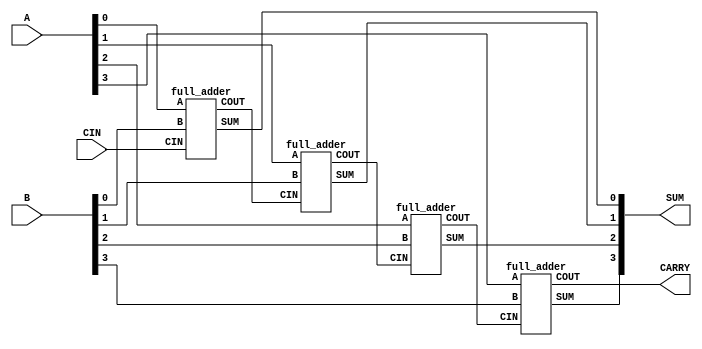
`timescale 1ns / 1ps

module rca_4( input [3:0] A, B, input CIN, output [3:0] SUM, output CARRY);
    wire [3:0] I_CARRY;
    
    full_adder A1 (A[0], B[0], CIN, SUM[0], I_CARRY[0]);
    full_adder A2 (A[1], B[1], I_CARRY[0], SUM[1], I_CARRY[1]);
    full_adder A3 (A[2], B[2], I_CARRY[1], SUM[2], I_CARRY[2]);
    full_adder A4 (A[3], B[3], I_CARRY[2], SUM[3], I_CARRY[3]);
    
    assign CARRY = I_CARRY[3];

endmodule


module full_adder(
    input A,
    input B,
    input CIN,
    output SUM,
    output COUT
    );
    wire SUM1, CARRY1, CARRY2;
    half_adder INST1(A, B, SUM1, CARRY1);
    half_adder INST2(CIN, SUM1, SUM, CARRY2);
    assign COUT = CARRY1 | CARRY2;
      
endmodule

module half_adder(
    input A,
    input B,
    output SUM,
    output CARRY
    );
    assign SUM = A^B;
    assign CARRY = A&B;
endmodule